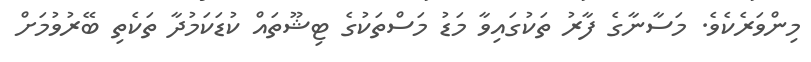
މިންވަރެކެވެ. މަސާނާގެ ފާރު ތަކުގައިވާ މަޑު މަސްތަކުގެ ޓިޝޫތައް ކުޑަކަމުދާ ތަކެތި ބޭރުވުމަށް